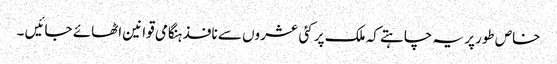
خاص طورپر یہ چاہتے کہ ملک پر کئی عشروں سے نافذ ہنگامی قوانین اٹھائے جائیں ۔